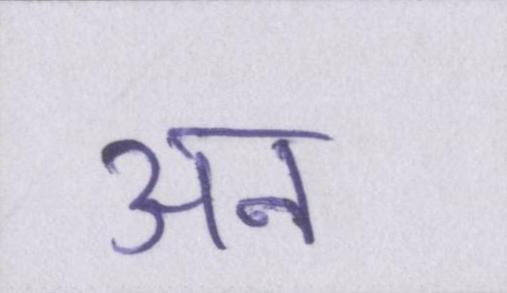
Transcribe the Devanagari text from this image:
अन